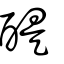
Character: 醍